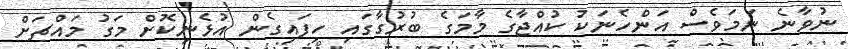
ނުވާނެ ނަމަވެސް އަންހެނަކު ކުއްޖާގެ މާމަގެ ބުރުގާގައި ހިފައިގެން އުޅެނިކޮށް މަގު މައްޗަށް